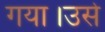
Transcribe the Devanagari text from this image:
गया।उसे